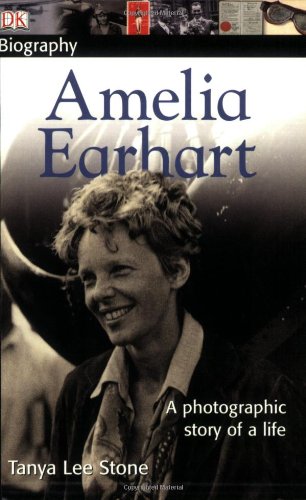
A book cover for DK Publishing: Amelia Earhart (DK Biography); Tanya Lee Stone; Children's Books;